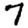
Digit: 7